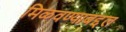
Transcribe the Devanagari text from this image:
मिळवण्याबद्दल